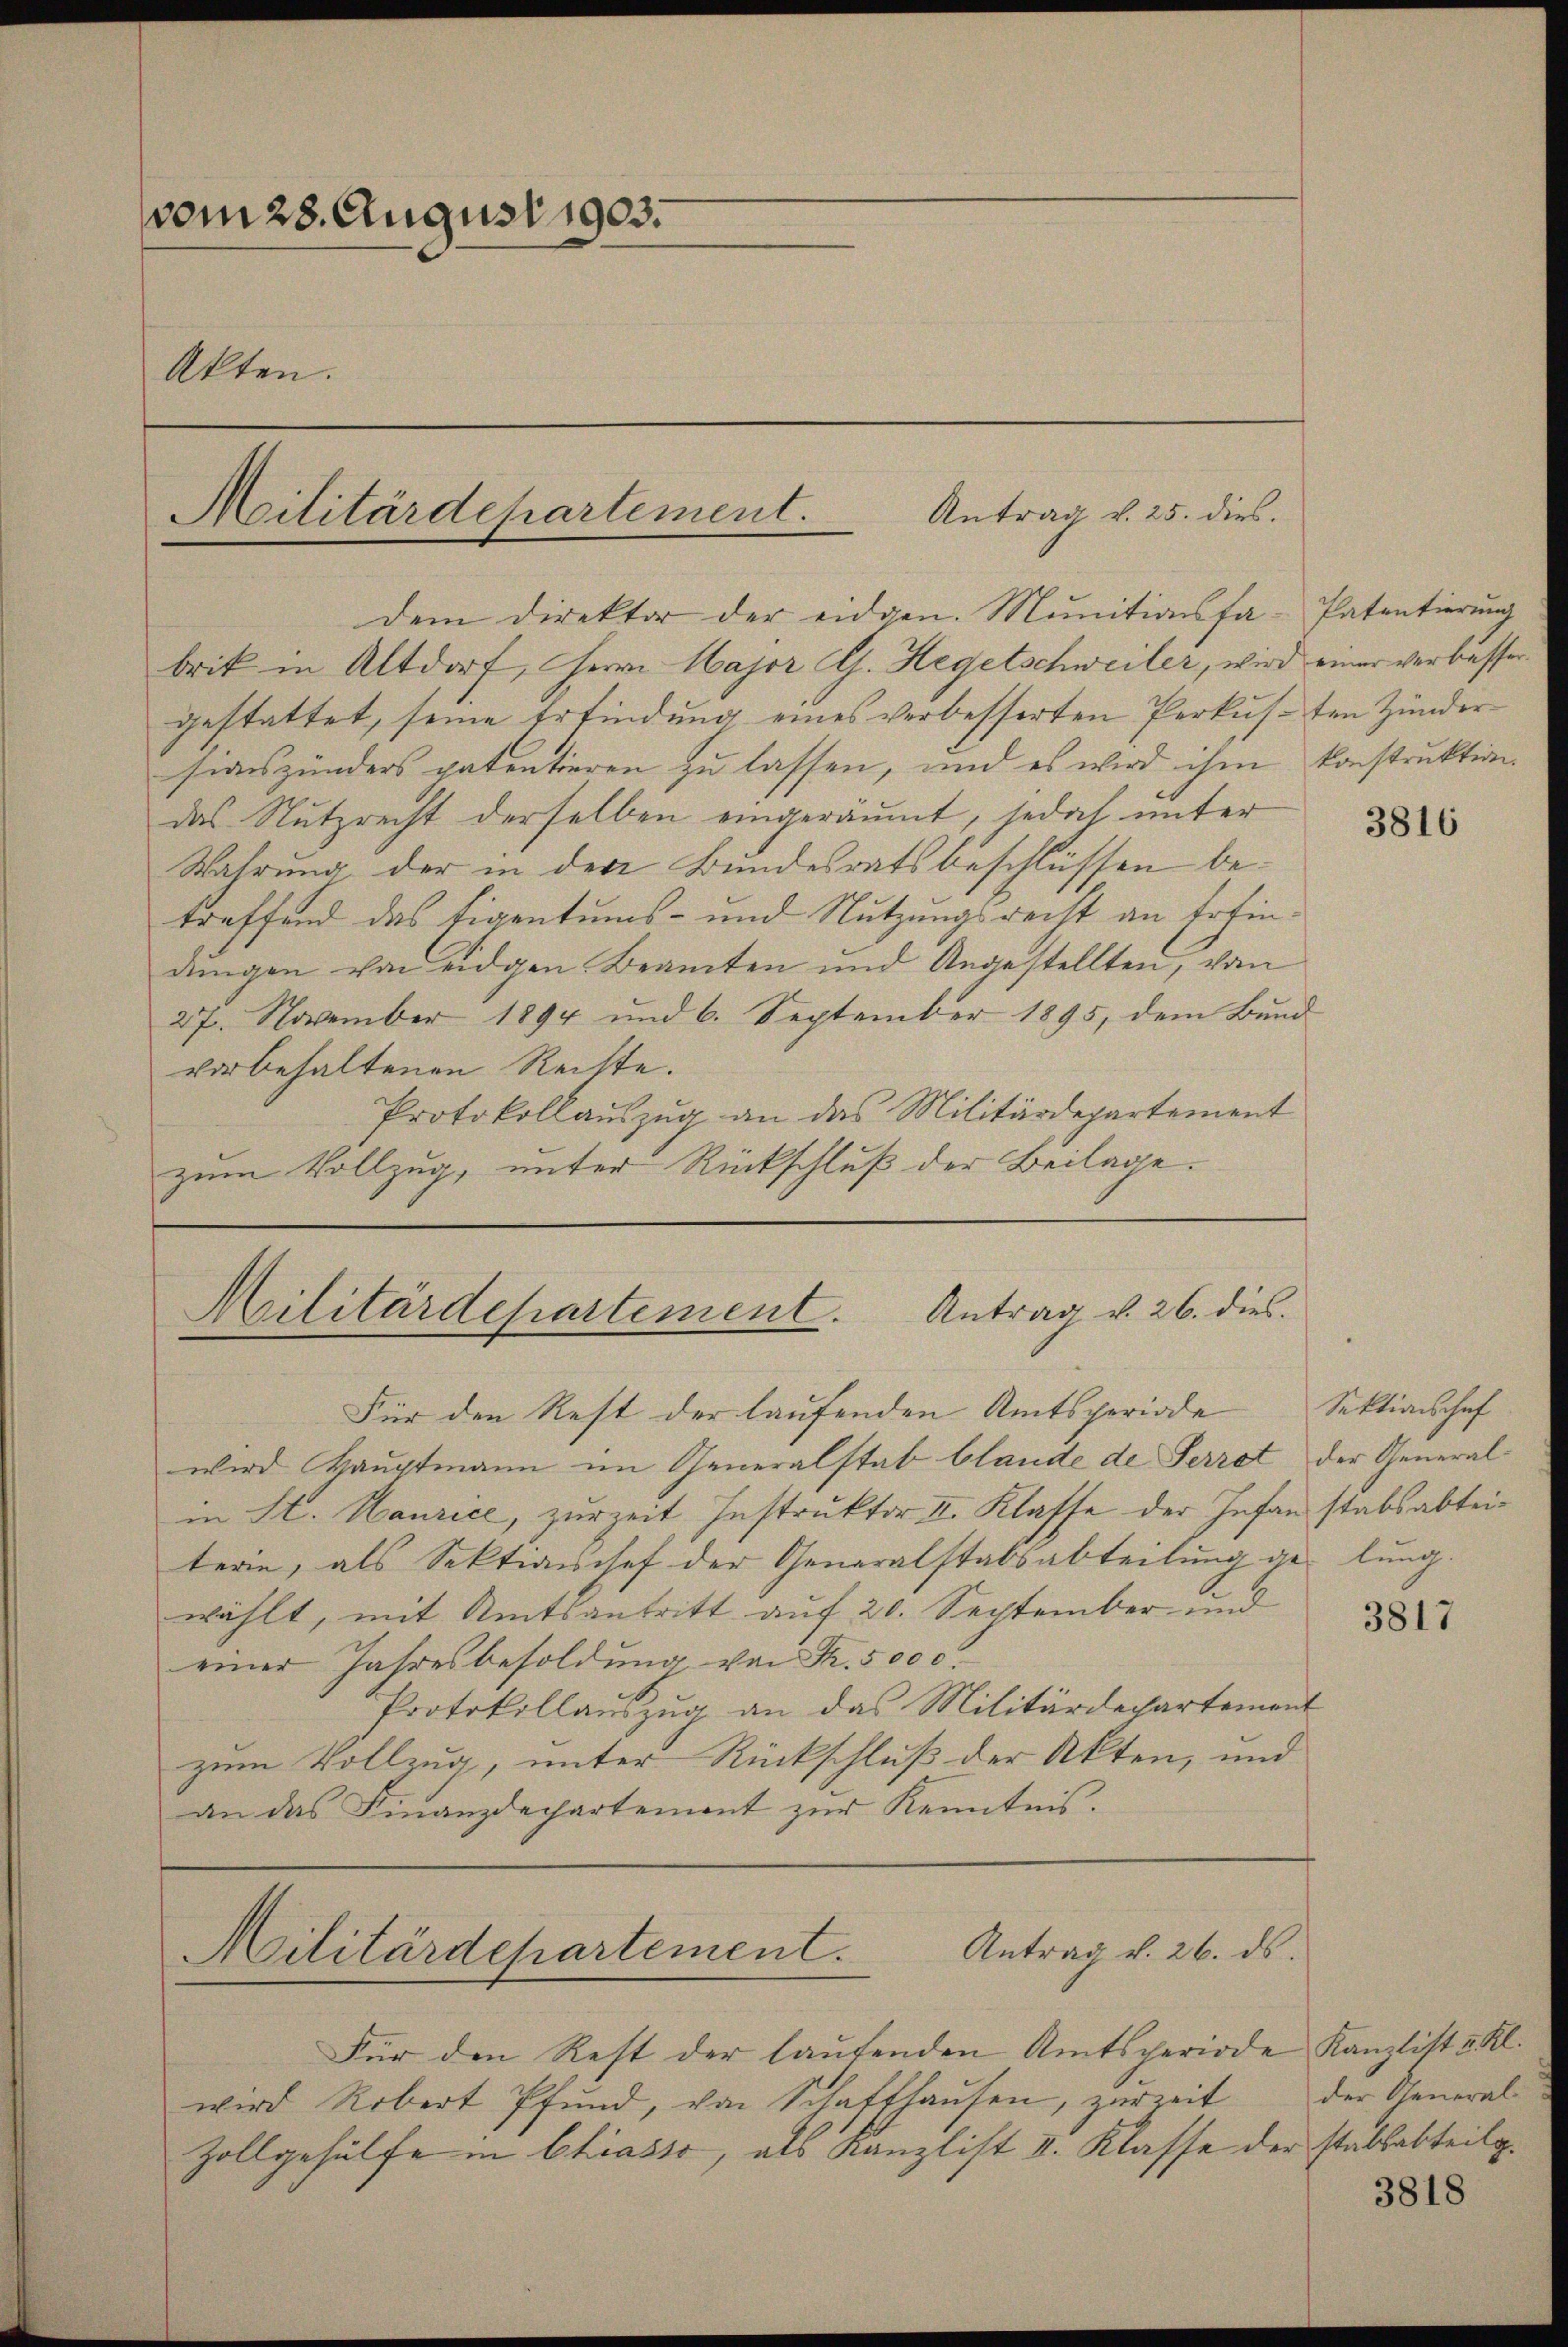
vom 28. August 1903.
Akten.

dem Direktor der eidgen. Munitionsfa-Patentierung
brik in Altdorf, Herrn Major G. Hegetschweiler, wird einer verbesser
gestattet, seine Erfindung eines verbesserten Perkusten Zunder
siaszünders patentieren zu lassen, und es wird ihm konstruktion.
das Nutzrecht derselben eingeräumt, jedoch unter
Wahrung der in der Bundesratsbeschlüssen betreffend das Eigentums- und Nutzungsrecht an Erfindungen von eidgen Beamten und Angestellten, von
27. November 1894 und 6. September 1895, dem Bund
vorbehaltenen Rechte.
Protokollauszug an das Militärdepartement
zum Vollzug, unter Rückschluß der Beilage.

Militärdepartement. Antrag v. 25. dies.
.

Militärdepartement. Antrag v. 26. dies

Für den Rest der laufenden Amtsperiode
wird Hauptmann im Generalstab blande de Serrat der Generalin St. Maurice, zur Zeit Instruktor II. Klasse der Infanstabsabteiterin, als Sektionschef der Generalstabsabteilung gelung.
wählt, mit Amtsantritt auf 20. September und
einer Jahresbesoldung von Fr. 500 c.
Protokollauszug an das Militärdepartement
zum Vollzug, unter Rückschluß der Akten, und
an das Finanzdechartement zur Kenntnis.

Militärdepartement. Antrag v. 26. ds.

Für den Rest der laŭfenden Amtsperiode Kanzlist u. Kl.
wird Robert Pfund, von Schaffhausen, zur Zeit
Zollgehülfe in Chiasso, als Kanzlist II. Klasse der stabsabteilg.

3816

Sektionschaf

3817

der General-

3818